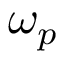
\omega _ { p }